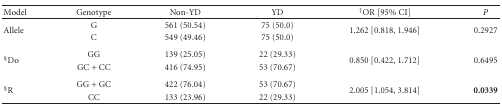
<table><thead><tr><td><b>Model</b></td><td><b>Genotype</b></td><td><b>Non-YD</b></td><td><b>YD</b></td><td><b><sup>†</sup>OR [95% CI]</b></td><td><b><i>P</i></b></td></tr></thead><tbody><tr><td rowspan="2">Allele</td><td>G</td><td>561 (50.54)</td><td>75 (50.0)</td><td rowspan="2">1.262 [0.818, 1.946]</td><td rowspan="2">0.2927</td></tr><tr><td>C</td><td>549 (49.46)</td><td>75 (50.0)</td></tr><tr><td rowspan="2"><sup>§</sup>Do</td><td>GG</td><td>139 (25.05)</td><td>22 (29.33)</td><td rowspan="2">0.850 [0.422, 1.712]</td><td rowspan="2">0.6495</td></tr><tr><td>GC + CC</td><td>416 (74.95)</td><td>53 (70.67) </td></tr><tr><td rowspan="2"><sup>§</sup>R</td><td>GG + GC</td><td>422 (76.04)</td><td>53 (70.67)</td><td rowspan="2">2.005 [1.054, 3.814]</td><td rowspan="2"><b>0.0</b><b>339</b></td></tr><tr><td>CC</td><td>133 (23.96)</td><td>22 (29.33)</td></tr></tbody></table>